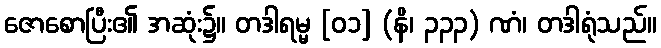
ဇောစောပြီး၏ အဆုံး၌။ တဒါရမ္မ [၀၁] (နိ၊ ၃၃၃) ဏံ၊ တဒါရုံသည်။